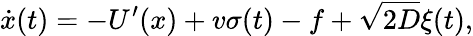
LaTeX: \dot{x}(t)=-U^{\prime}(x)+v\sigma(t)-f+\sqrt{2D}\xi(t),